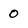
Character: O